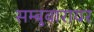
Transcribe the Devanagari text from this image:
सम्बुवारायर